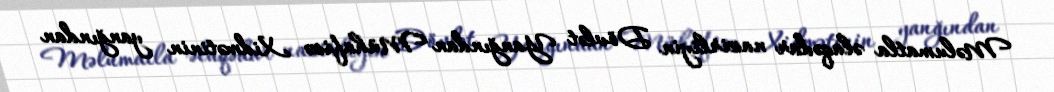
Məlumatla əlaqədar nazirliyin Dövlət Yanğından Mühafizə Xidmətinin yanğından